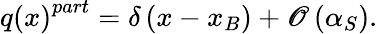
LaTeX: q\left(x\right)^{part}=\delta\left(x-x_{B}\right)+\mathscr{O}\left(\alpha_{S}\right).